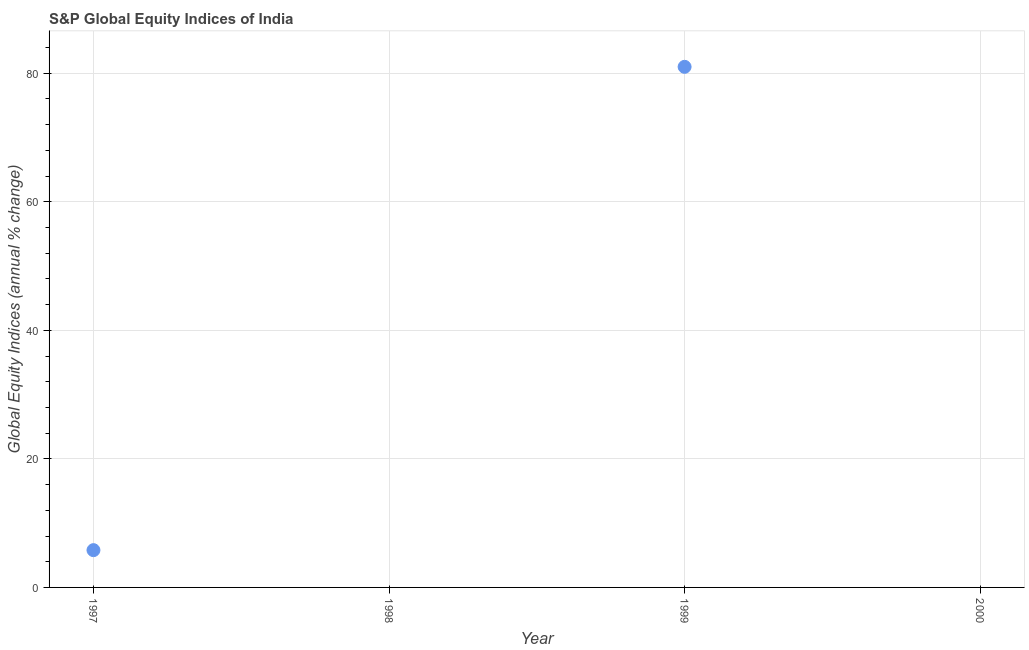
| Year | S&P Global Equity Indices |
 | --- | --- |
 | 1997 | 5.8 |
 | 1998 | -23 |
 | 1999 | 81 |
 | 2000 | -31.1 |